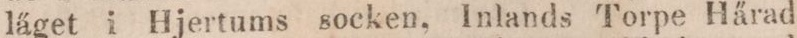
läget i Hjertums socken, Inlands Torpe Härad